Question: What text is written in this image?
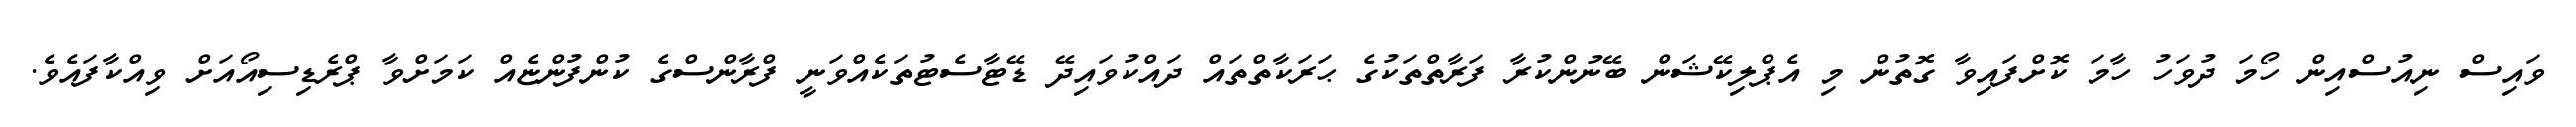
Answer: ވައިސް ނިއުސްއިން ހޯމަ ދުވަހު ހާމަ ކޮށްފައިވާ ގޮތުން މި އެޕްލިކޭޝަން ބޭނުންކުރާ ފަރާތްތަކުގެ ޙަރަކާތްތައް ދައްކުވައިދޭ ޑޭޓާސެޓުތަކެއްވަނީ ފްރާންސްގެ ކުންފުންޏެއް ކަމަށްވާ ޕްރެޑިސިއޯއަށް ވިއްކާފައެވެ.